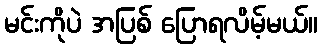
မင်းကိုပဲ အပြစ် ပြောရလိမ့်မယ်။